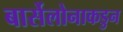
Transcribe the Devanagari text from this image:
बार्सेलोनाकडुन